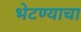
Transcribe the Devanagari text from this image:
भेटण्याचा